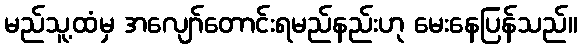
မည်သူ့ထံမှ အလျော်တောင်းရမည်နည်းဟု မေးနေပြန်သည်။